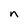
Character: n